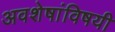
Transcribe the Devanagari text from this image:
अवशेषांविषयी